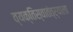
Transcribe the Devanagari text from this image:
व्यक्तिस्वातंत्र्याला